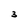
Character: 3